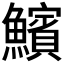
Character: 𩼧